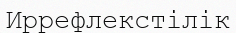
Иррефлекстілік